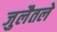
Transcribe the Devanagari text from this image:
जुलैतले